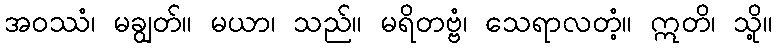
အဝဿံ၊ မချွတ်။ မယာ၊ သည်။ မရိတဗ္ဗံ၊ သေရာလတံ့။ ဣတိ၊ သို့။